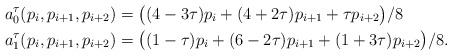
\begin{align*} a_0^\tau(p_i,p_{i+1},p_{i+2}) &= \bigl((4-3\tau)p_{i} + (4+2\tau)p_{i+1} + \tau p_{i+2}\bigr)/8 \\ a_1^\tau(p_i,p_{i+1},p_{i+2}) &= \bigl((1-\tau) p_{i} + (6-2\tau)p_{i+1} + (1+3\tau)p_{i+2}\bigr)/8 .\end{align*}